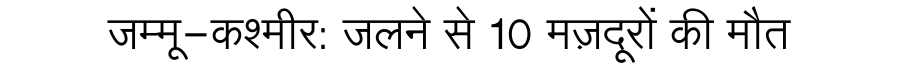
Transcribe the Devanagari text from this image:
जम्मू-कश्मीर: जलने से 10 मज़दूरों की मौत